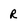
Character: R